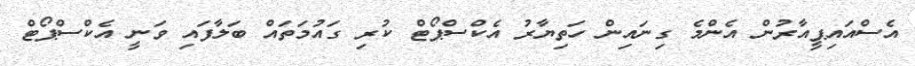
އެސްއައިޕީއާރުން އެންމެ ގިނައިން ހަތިޔާރު އެކްސްޕޯޓް ކުރި ގައުމަތައް ބަލާފައި ވަނީ އެކްސްޕޯޓް